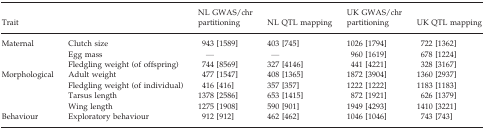
<table><thead><tr><td colspan="2"><b>Trait</b></td><td><b>NL GWAS/chr partitioning</b></td><td><b>NL QTL mapping</b></td><td><b>UK GWAS/chr partitioning</b></td><td><b>UK QTL mapping</b></td></tr></thead><tbody><tr><td rowspan="3">Maternal</td><td>Clutch size</td><td>943 [1589]</td><td>403 [745]</td><td>1026 [1794]</td><td>722 [1362]</td></tr><tr><td>Egg mass</td><td>—</td><td>—</td><td>960 [1619]</td><td>678 [1224]</td></tr><tr><td>Fledgling weight (of offspring)</td><td>744 [8569]</td><td>327 [4146]</td><td>441 [4221]</td><td>328 [3167]</td></tr><tr><td rowspan="4">Morphological</td><td>Adult weight</td><td>477 [1547]</td><td>408 [1365]</td><td>1872 [3904]</td><td>1360 [2937]</td></tr><tr><td>Fledgling weight (of individual)</td><td>416 [416]</td><td>357 [357]</td><td>1222 [1222]</td><td>1183 [1183]</td></tr><tr><td>Tarsus length</td><td>1378 [2586]</td><td>653 [1415]</td><td>872 [1921]</td><td>626 [1379]</td></tr><tr><td>Wing length</td><td>1275 [1908]</td><td>590 [901]</td><td>1949 [4293]</td><td>1410 [3221]</td></tr><tr><td>Behaviour</td><td>Exploratory behaviour</td><td>912 [912]</td><td>462 [462]</td><td>1046 [1046]</td><td>743 [743]</td></tr></tbody></table>